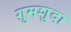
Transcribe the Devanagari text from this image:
ग़ुमशुदा